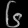
Digit: ၆